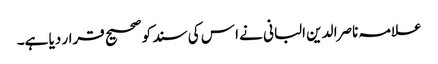
علامہ ناصرا لدین البانی نے ا س کی سند کو صحیح قرار دیا ہے۔